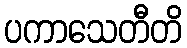
ပကာသေတီတိ